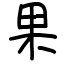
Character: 果